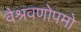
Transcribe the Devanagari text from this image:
वैश्रवणोपमो